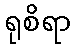
ရုစိရာ